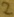
Text: 2